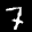
Label: 7